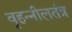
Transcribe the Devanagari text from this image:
वृहन्नीलतंत्र